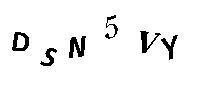
DSN5VY